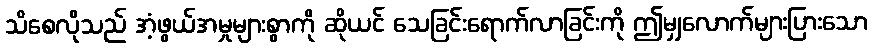
သိစေလိုသည် အံ့ဖွယ်အမှုများစွာကို ဆိုယင် သေခြင်းရောက်လာခြင်းကို ဤမျှလောက်များပြားသော